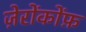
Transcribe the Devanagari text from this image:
ज़ेरोंकोंफ़